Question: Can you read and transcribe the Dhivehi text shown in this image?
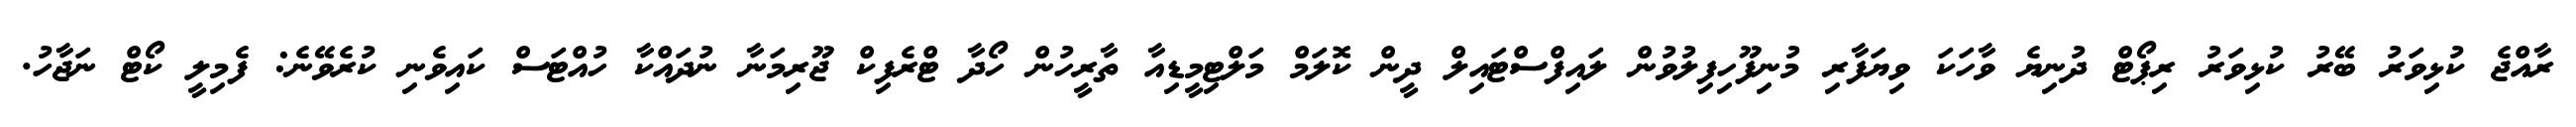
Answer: ރާއްޖެ ކުޅިވަރު ބޭރު ކުޅިވަރު ރިޕޯޓް ދުނިޔެ ވާހަކަ ވިޔަފާރި މުނިފޫހިފިލުވުން ލައިފްސްޓައިލް ދީން ކޮލަމް މަލްޓިމީޑިއާ ތާރީހުން ހޯދާ ޓްރެފިކް ޖޫރިމަނާ ނުދައްކާ ހުއްޓަސް ކައިވެނި ކުރެވޭނެ: ފެމިލީ ކޯޓް ނަޖާހު.